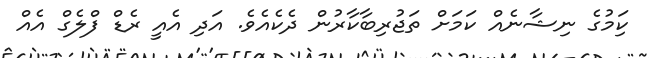
ކިަމުގެ ނިޝާނެއް ކަމަށް ތަޖުރިބާކާރުން ދެކެއެވެ. އަދި އެއީ ރެޑް ފްލެގް އެއް